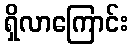
ရှိလာကြောင်း